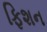
ફિશન